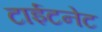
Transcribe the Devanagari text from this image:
टाईटनेट